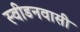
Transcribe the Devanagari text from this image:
स्वीडनवासी